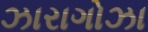
ઝારાગોઝા